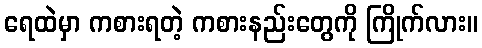
ရေထဲမှာ ကစားရတဲ့ ကစားနည်းတွေကို ကြိုက်လား။